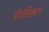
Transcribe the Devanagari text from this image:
डीअॅडिक्शन